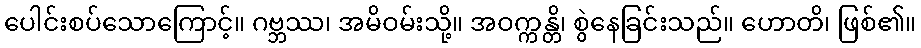
ပေါင်းစပ်သောကြောင့်။ ဂဗ္ဘဿ၊ အမိဝမ်းသို့။ အဝက္ကန္တိ၊ စွဲနေခြင်းသည်။ ဟောတိ၊ ဖြစ်၏။